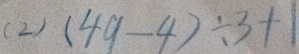
( 2 ) ( 4 9 - 4 ) \div 3 + 1